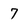
Character: 7